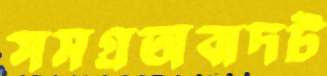
সমগ্রতাবাদট